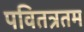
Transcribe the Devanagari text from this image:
पवितत्रतम